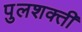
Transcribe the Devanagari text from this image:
पुलशक्ती